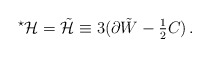
\begin{align*}{}^\star {\cal H} = \tilde{\cal H} \equiv3 (\partial \tilde W -{\textstyle\frac{1}{2}} C)\, .\end{align*}